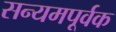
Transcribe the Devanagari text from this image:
सन्यमपूर्वक